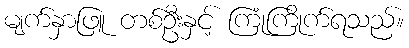
မျက်နှာဖြူ တစ်ဦးနှင့် ကြုံကြိုက်ရသည်။